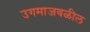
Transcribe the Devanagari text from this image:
उगमाजवळील